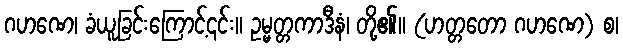
ဂဟဏေ၊ ခံယူခြင်းကြောင့်၎င်း။ ဥမ္မတ္တကာဒီနံ၊ တို့၏။ (ဟတ္တတော ဂဟဏေ) စ၊